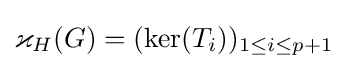
\varkappa _{H}(G)=(\ker(T_{i}))_{1\leq i\leq p+1}